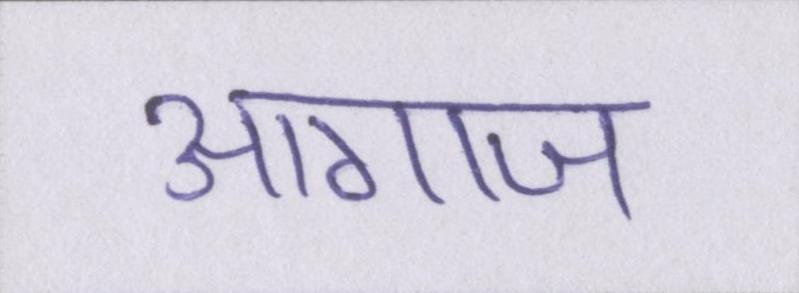
आगाज